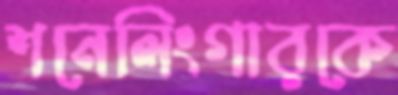
শনেলিংগারকে